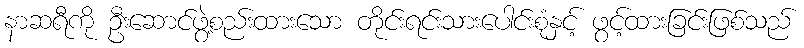
နာဆရီကို ဦးဆောင်ဖွဲ့စည်းထားသော တိုင်းရင်းသားပေါင်းစုံနှင့် ဖွင့်ထားခြင်းဖြစ်သည်